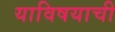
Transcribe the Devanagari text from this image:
याविषयाची